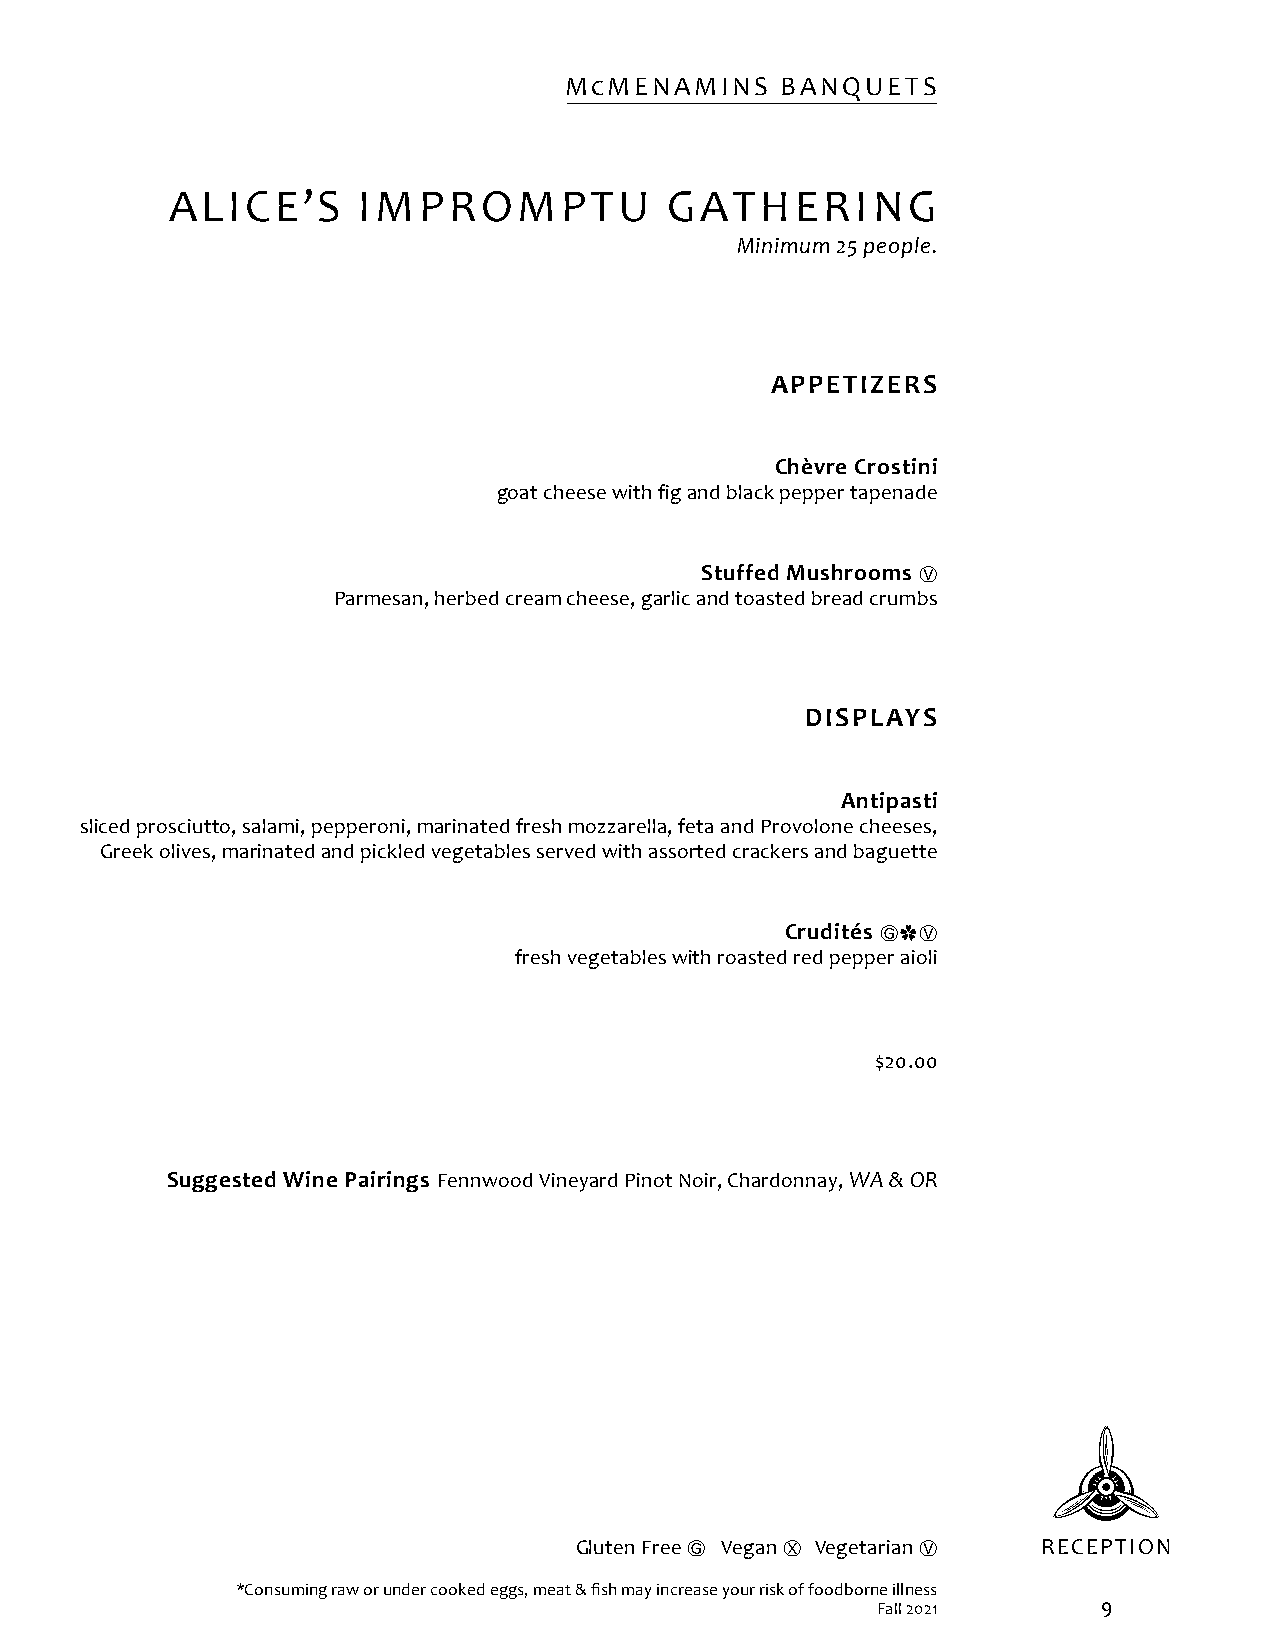
McMENAMINS     BANQUETS
 ALICE’S      IMPROMPTU           GATHERING
 Minimum 25 people.
 APPETIZERS
 Chèvre Crostini
 goat cheese with fig and black pepper tapenade
 Stuffed Mushrooms
 Ⓥ
 Parmesan, herbed cream cheese, garlic and toasted bread crumbs
 DISPLAYS
 Antipasti
 sliced prosciutto, salami, pepperoni, marinated fresh mozzarella, feta and Provolone cheeses,
 Greek olives, marinated and pickled vegetables served with assorted crackers and baguette
 Crudités
 Ⓖ✿Ⓥ
 fresh vegetables with roasted red pepper aioli
 $20.00
 Suggested Wine Pairings Fennwood Vineyard Pinot Noir, Chardonnay, WA & OR
 Gluten Free Ⓖ Vegan Ⓧ Vegetarian Ⓥ RECEPTION
 *Consuming raw or under cooked eggs, meat & fish may increase your risk of foodborne illness
 Fall 2021      9